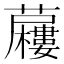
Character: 𮓍